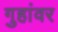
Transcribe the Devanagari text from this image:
गुहांवर